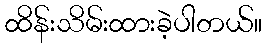
ထိန်းသိမ်းထားခဲ့ပါတယ်။